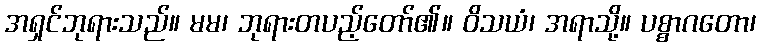
အရှင်ဘုရားသည်။ မမ၊ ဘုရားတပည့်တော်၏။ ဝိသယံ၊ အရာသို့။ ပစ္စာဂတော၊